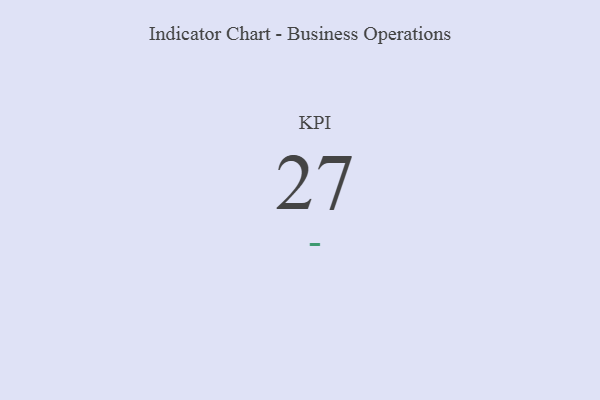
{"axis": {"x": "KPI", "y": "Value"}, "legend": [""], "data": [{"x": "KPI", "y": 27, "type": ""}]}